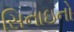
સિનાઇનો